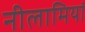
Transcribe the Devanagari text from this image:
नीलामियां